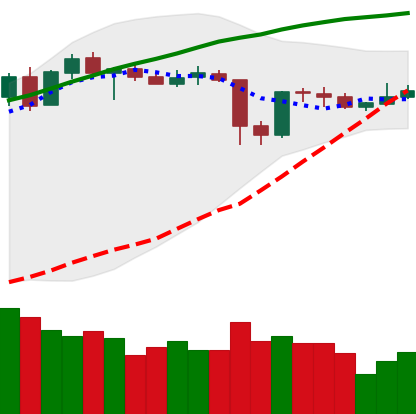
Ticker: XLM-USD
Chart end date: 2020-05-18
Forward return: -3.548%
Label: down_3_5